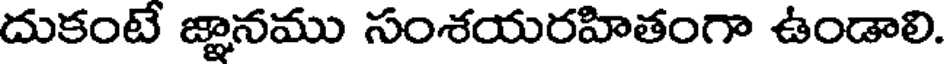
దుకంటే జ్ఞానము సంశయరహితంగా ఉండాలి.